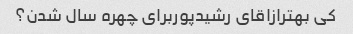
کی بهترازاقای رشیدپوربرای چهره سال شدن؟